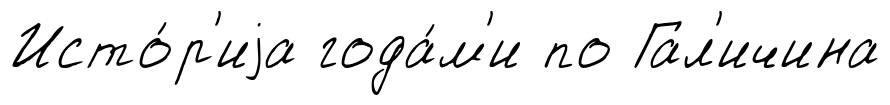
Исто́р'иjа года́м'и по Гал'ичина